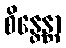
စိန္တေန္တာ